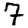
Digit: 7